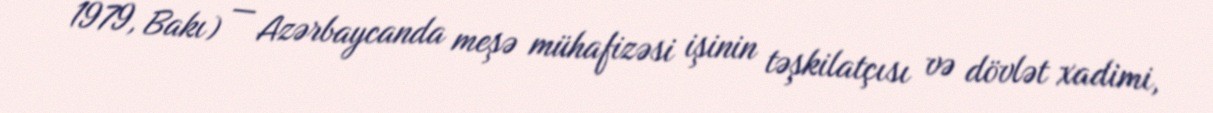
1979, Bakı) — Azərbaycanda meşə mühafizəsi işinin təşkilatçısı və dövlət xadimi,